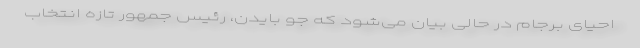
احیای برجام در حالی بیان می‌شود که جو بایدن، رئیس جمهور تازه انتخاب